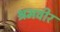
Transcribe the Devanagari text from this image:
श्रमवीर